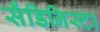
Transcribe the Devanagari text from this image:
सँडिनिस्टा